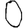
Digit: 0